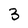
Character: 3